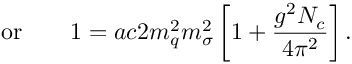
\mathrm { o r } \qquad 1 = a c { 2 m _ { q } ^ { 2 } } { m _ { \sigma } ^ { 2 } } \left[ 1 + \frac { g ^ { 2 } N _ { c } } { 4 \pi ^ { 2 } } \right] .